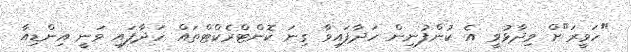
"ހަވީރަ"ށް ވިދާޅުވީ އެ ކުންފުނިން ހަދާފައިވާ ގިނަ ކޮންޓްރެކްޓްތައް ހަދާފައި ވަނީ އިންޑިއާ